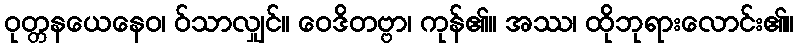
ဝုတ္တနယေနေဝ၊ ဝ်သာလျှင်။ ဝေဒိတဗ္ဗာ၊ ကုန်၏။ အဿ၊ ထိုဘုရားလောင်း၏။